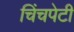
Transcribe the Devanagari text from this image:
चिंचपेटी